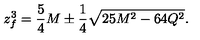
z _ { f } ^ { 3 } = { \frac { 5 } { 4 } } M \pm { \frac { 1 } { 4 } } \sqrt { 2 5 M ^ { 2 } - 6 4 Q ^ { 2 } } .